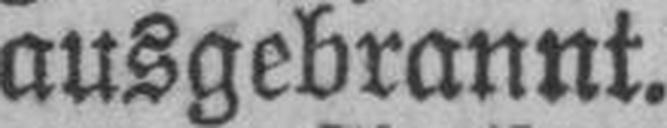
ausgebrannt.